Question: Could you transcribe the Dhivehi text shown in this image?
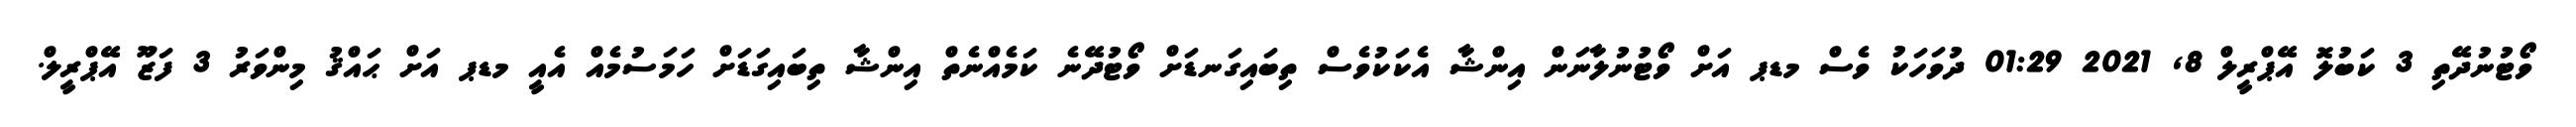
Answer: ވޯޓުނުދޭތި 3 ކަބުލޮ އޭޕްރީލް 8, 2021 01:29 ދުވަހަކު ވެސް މޑޕ އަށް ވޯޓުނުލާނަން އިންޝާ އެކަކުވެސް ތިބައިގަނޑަށް ވޯޓުދޭނެ ކަމެއްނެތް އިންޝާ ތިބައިގަޑަށް ހަމަސުމެއް އެއީ މޑޕ އަށް ޙައްޤު މިންވަރު 3 ފަޒޫ އޭޕްރީލް.